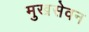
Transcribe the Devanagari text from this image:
मुखसेवन